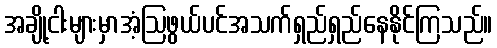
အချို့ငါးများမှာအံ့ဩဖွယ်ပင်အသက်ရှည်ရှည်နေနိုင်ကြသည်။